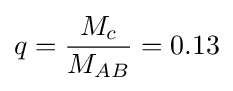
q={M_{c} \over M_{AB}}=0.13